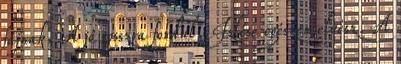
fájnak. A jó rosszra fordul. Izlése egészen elvész. A